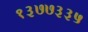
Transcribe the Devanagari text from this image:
१३७७३३५